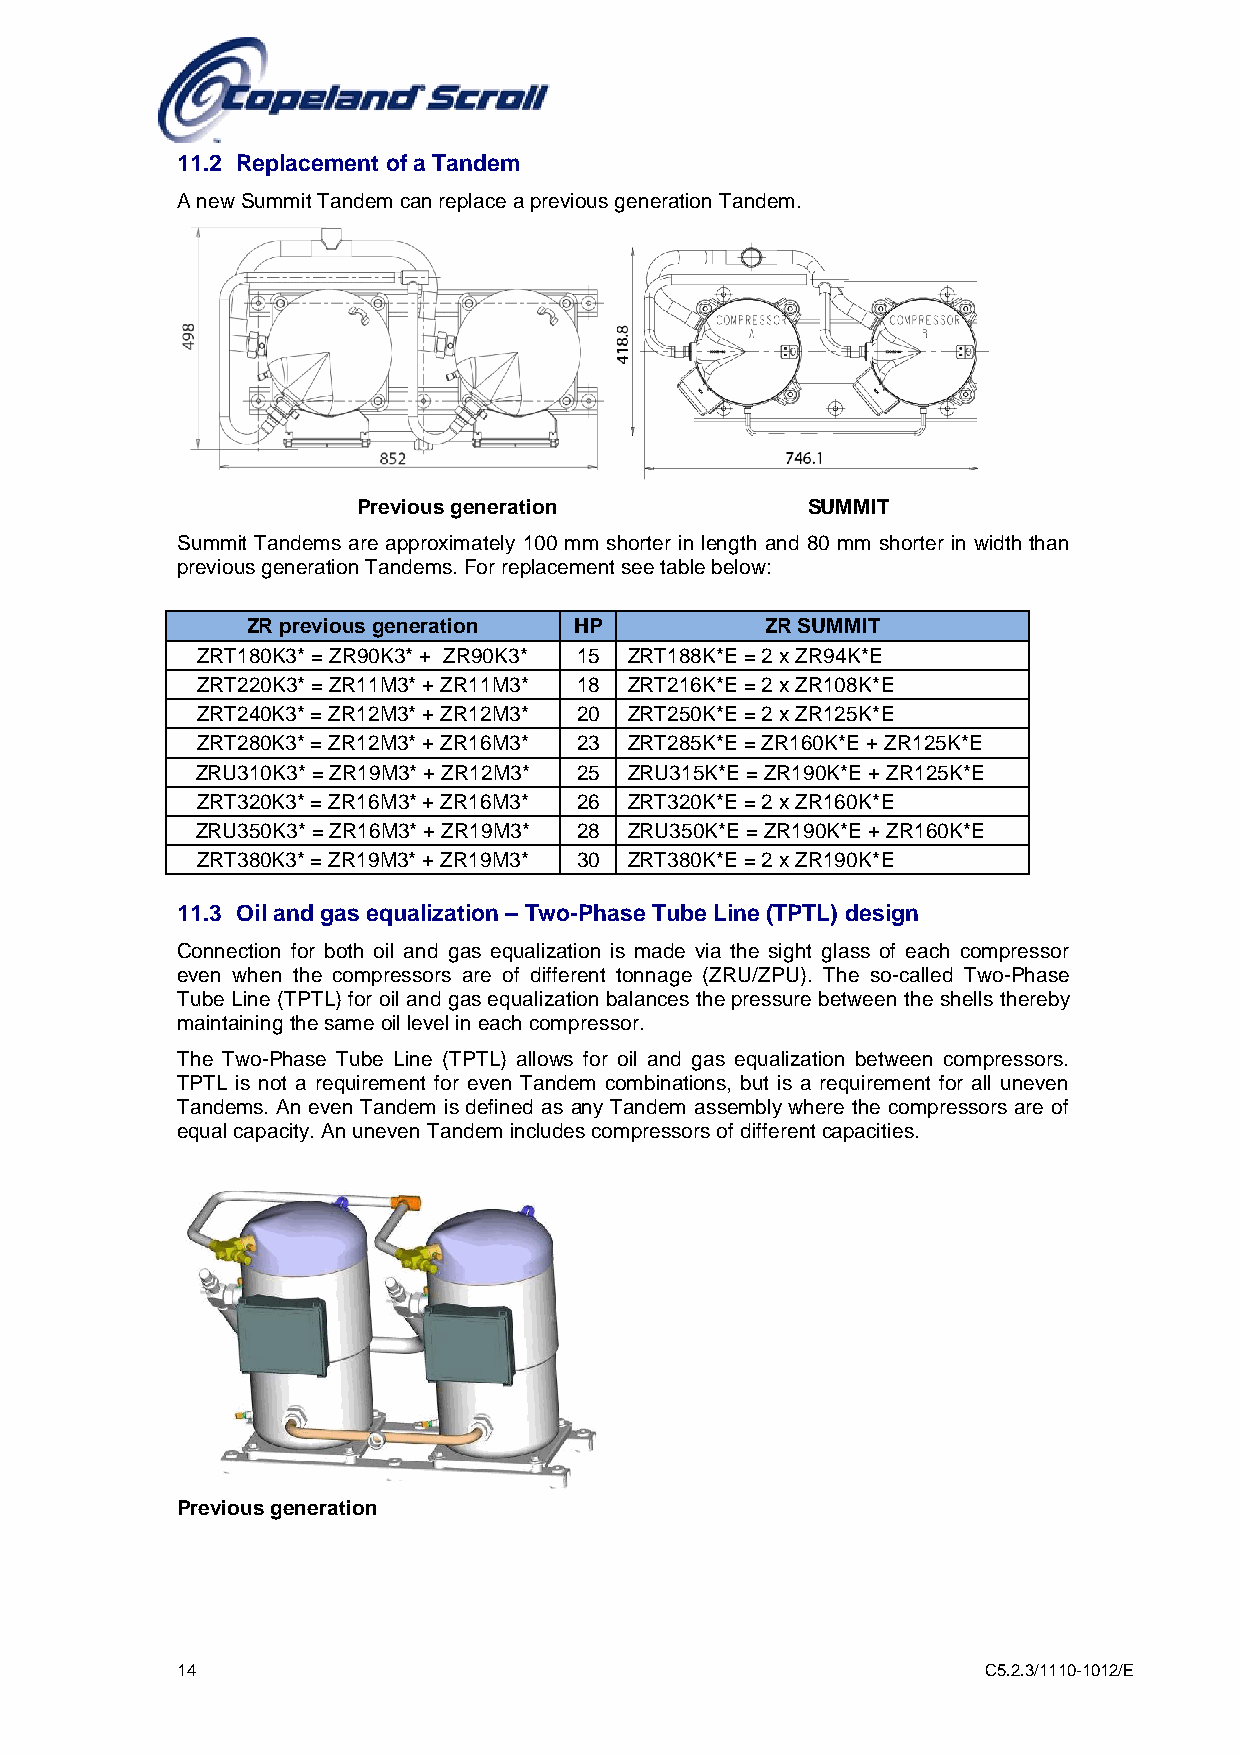
11.2 Replacement of a Tandem
 A new Summit Tandem can replace a previous generation Tandem.
 Previous generation          SUMMIT
 Summit Tandems are approximately 100 mm shorter in length and 80 mm shorter in width than
 previous generation Tandems. For replacement see table below:
 ZR previous generation HP          ZR SUMMIT
 ZRT180K3* = ZR90K3* + ZR90K3* 15 ZRT188K*E = 2 x ZR94K*E
 ZRT220K3* = ZR11M3* + ZR11M3* 18 ZRT216K*E = 2 x ZR108K*E
 ZRT240K3* = ZR12M3* + ZR12M3* 20 ZRT250K*E = 2 x ZR125K*E
 ZRT280K3* = ZR12M3* + ZR16M3* 23 ZRT285K*E = ZR160K*E + ZR125K*E
 ZRU310K3* = ZR19M3* + ZR12M3* 25 ZRU315K*E = ZR190K*E + ZR125K*E
 ZRT320K3* = ZR16M3* + ZR16M3* 26 ZRT320K*E = 2 x ZR160K*E
 ZRU350K3* = ZR16M3* + ZR19M3* 28 ZRU350K*E = ZR190K*E + ZR160K*E
 ZRT380K3* = ZR19M3* + ZR19M3* 30 ZRT380K*E = 2 x ZR190K*E
 11.3 Oil and gas equalization – Two-Phase Tube Line (TPTL) design
 Connection for both oil and gas equalization is made via the sight glass of each compressor
 even when the compressors are of different tonnage (ZRU/ZPU). The so-called Two-Phase
 Tube Line (TPTL) for oil and gas equalization balances the pressure between the shells thereby
 maintaining the same oil level in each compressor.
 The Two-Phase Tube Line (TPTL) allows for oil and gas equalization between compressors.
 TPTL is not a requirement for even Tandem combinations, but is a requirement for all uneven
 Tandems. An even Tandem is defined as any Tandem assembly where the compressors are of
 equal capacity. An uneven Tandem includes compressors of different capacities.
 Previous generation
 14                                                   C5.2.3/1110-1012/E